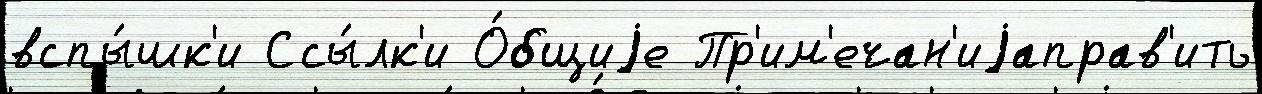
вспы́шк'и Ссы́лк'и О́бщиjе Пр'им'ечан'иjаправ'ить